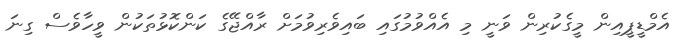
އެމްޑީޕީއިން މީގެކުރިން ވަނީ މި އެއްވުމުގައި ބައިވެރިވުމަށް ރާއްޖޭގެ ކަންކޮޅުތަކުން ވީހާވެސް ގިނަ